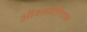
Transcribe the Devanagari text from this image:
ऑक्स्फ़ोर्डशायर